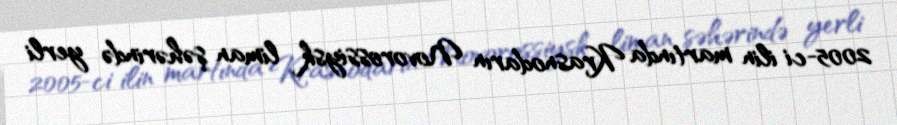
2005-ci ilin martında Krasnodarın Novorossiysk liman şəhərində yerli